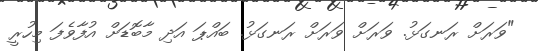
"ވަރަށް ރަނގަޅު. ވަރަށް ވަރަށް ރަނގަޅު. ބައްޕަ އަދި މާބޮޑަށް އުފާވެފަ މިހުރީ